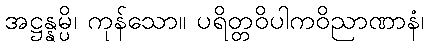
အဋ္ဌန္နမ္ပိ၊ ကုန်သော။ ပရိတ္တဝိပါကဝိညာဏာနံ၊